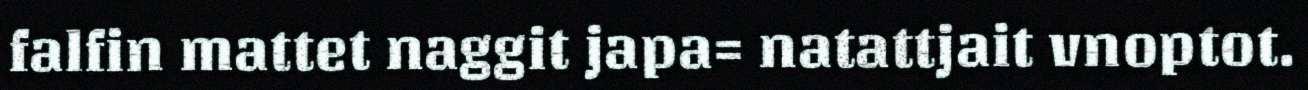
falfin mattet naggit japa= natattjait vnoptot.